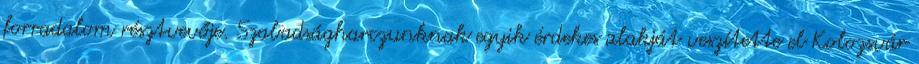
forradalom résztvevője. Szabadságharczunknak egyik érdekes alakját veszítette el Kolozsvár